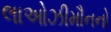
લાઓઝીમૌનનો